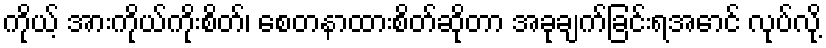
ကိုယ့် အားကိုယ်ကိုးစိတ်၊ စေတနာထားစိတ်ဆိုတာ အခုချက်ခြင်းရအောင် လုပ်လို့